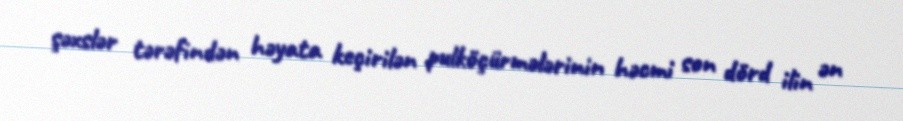
şəxslər tərəfindən həyata keçirilən pulköçürmələrinin həcmi son dörd ilin ən